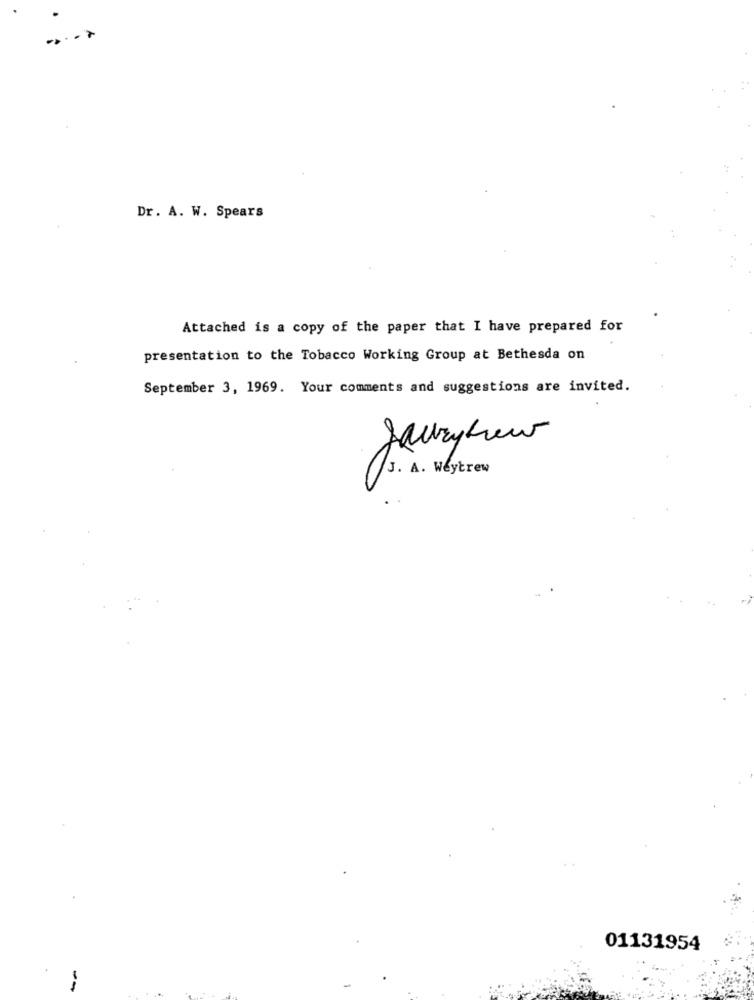
Dr. A. W. Spears
Attached is a copy of the paper that I have prepared for
presentation to the Tobacco Working Group at Bethesda on
September 3, 1969. Your comments and suggestions are invited.
Jauryfew
J. A. Weytrew
01131954